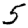
Digit: 5